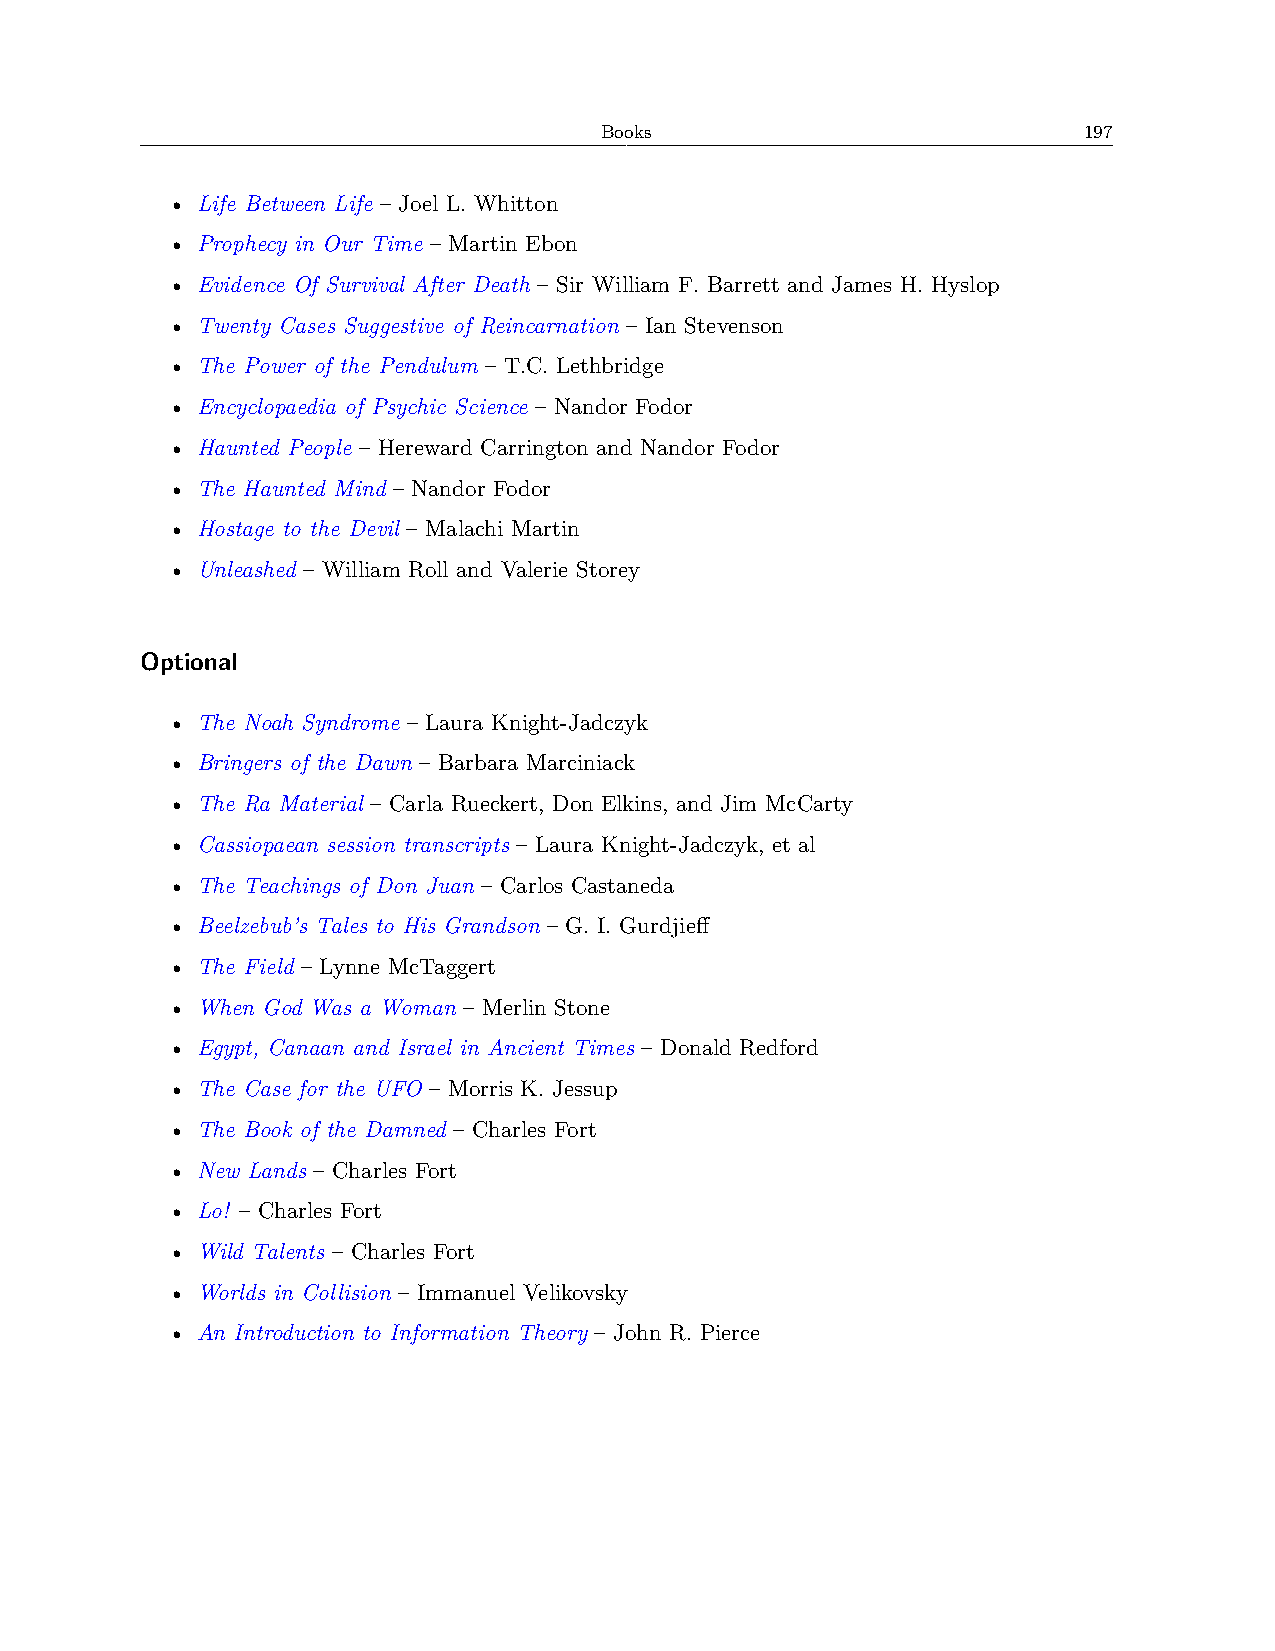
Books                           197
 • Life Between Life – Joel L. Whitton
 • Prophecy in Our Time – Martin Ebon
 • Evidence Of Survival After Death – Sir William F. Barrett and James H. Hyslop
 • Twenty Cases Suggestive of Reincarnation – Ian Stevenson
 • The Power of the Pendulum – T.C. Lethbridge
 • Encyclopaedia of Psychic Science – Nandor Fodor
 • Haunted People – Hereward Carrington and Nandor Fodor
 • The Haunted Mind – Nandor Fodor
 • Hostage to the Devil – Malachi Martin
 • Unleashed – William Roll and Valerie Storey
 Optional
 • The Noah Syndrome – Laura Knight-Jadczyk
 • Bringers of the Dawn – Barbara Marciniack
 • The Ra Material – Carla Rueckert, Don Elkins, and Jim McCarty
 • Cassiopaean session transcripts – Laura Knight-Jadczyk, et al
 • The Teachings of Don Juan – Carlos Castaneda
 • Beelzebub’s Tales to His Grandson – G. I. Gurdjieff
 • The Field – Lynne McTaggert
 • When God Was a Woman – Merlin Stone
 • Egypt, Canaan and Israel in Ancient Times – Donald Redford
 • The Case for the UFO – Morris K. Jessup
 • The Book of the Damned – Charles Fort
 • New Lands – Charles Fort
 • Lo! – Charles Fort
 • Wild Talents – Charles Fort
 • Worlds in Collision – Immanuel Velikovsky
 • An Introduction to Information Theory – John R. Pierce